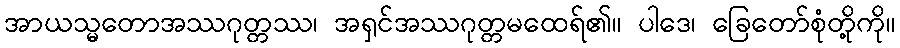
အာယသ္မတောအဿဂုတ္တဿ၊ အရှင်အဿဂုတ္တမထေရ်၏။ ပါဒေ၊ ခြေတော်စုံတို့ကို။